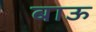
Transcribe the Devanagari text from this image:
बाऊ